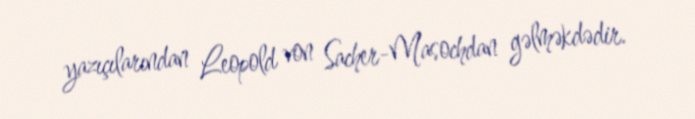
yazıçılarından Leopold von Sacher-Masochdan gəlməkdədir.